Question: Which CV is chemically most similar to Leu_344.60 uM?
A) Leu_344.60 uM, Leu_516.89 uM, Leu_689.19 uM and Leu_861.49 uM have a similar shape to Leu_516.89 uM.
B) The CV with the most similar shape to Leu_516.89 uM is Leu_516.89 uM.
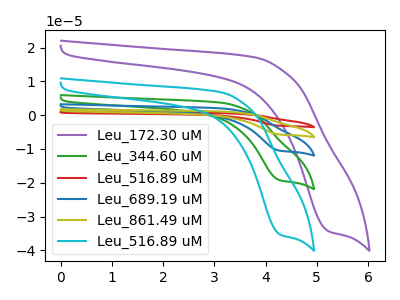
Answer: <think>The purple curve "Leu_172.30 uM" has a cathodic peak at: (5.25V, -34.35uA). The green curve "Leu_344.60 uM" has a cathodic peak at: (4.30V, -19.30uA). The red curve "Leu_516.89 uM" has a cathodic peak at: (4.30V, -77.25uA). The blue curve "Leu_689.19 uM" has a cathodic peak at: (4.30V, -38.60uA). The olive curve "Leu_861.49 uM" has a cathodic peak at: (4.30V, -57.90uA). The cyan curve "Leu_516.89 uM" has a cathodic peak at: (4.30V, -35.40uA).
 "Leu_172.30 uM" and "Leu_344.60 uM" have at least one peak that do not match. "Leu_172.30 uM" and "Leu_516.89 uM" have at least one peak that do not match. "Leu_172.30 uM" and "Leu_689.19 uM" have at least one peak that do not match. "Leu_172.30 uM" and "Leu_861.49 uM" have at least one peak that do not match. "Leu_172.30 uM" and "Leu_516.89 uM" have at least one peak that do not match. All the peaks in "Leu_344.60 uM" have a peak in "Leu_516.89 uM" at the same potential. Every peak in "Leu_344.60 uM" is lower than every peak in "Leu_516.89 uM". All the peaks in "Leu_344.60 uM" have a peak in "Leu_689.19 uM" at the same potential. Every peak in "Leu_344.60 uM" is lower than every peak in "Leu_689.19 uM". All the peaks in "Leu_344.60 uM" have a peak in "Leu_861.49 uM" at the same potential. Every peak in "Leu_344.60 uM" is lower than every peak in "Leu_861.49 uM". All the peaks in "Leu_344.60 uM" have a peak in "Leu_516.89 uM" at the same potential. Every peak in "Leu_344.60 uM" is lower than every peak in "Leu_516.89 uM". All the peaks in "Leu_516.89 uM" have a peak in "Leu_689.19 uM" at the same potential. Every peak in "Leu_516.89 uM" is higher than every peak in "Leu_689.19 uM". All the peaks in "Leu_516.89 uM" have a peak in "Leu_861.49 uM" at the same potential. Every peak in "Leu_516.89 uM" is higher than every peak in "Leu_861.49 uM". All the peaks in "Leu_516.89 uM" have a peak in "Leu_516.89 uM" at the same potential. Every peak in "Leu_516.89 uM" is higher than every peak in "Leu_516.89 uM". All the peaks in "Leu_689.19 uM" have a peak in "Leu_861.49 uM" at the same potential. Every peak in "Leu_689.19 uM" is lower than every peak in "Leu_861.49 uM". All the peaks in "Leu_689.19 uM" have a peak in "Leu_516.89 uM" at the same potential. Every peak in "Leu_689.19 uM" is higher than every peak in "Leu_516.89 uM". All the peaks in "Leu_861.49 uM" have a peak in "Leu_516.89 uM" at the same potential. Every peak in "Leu_861.49 uM" is higher than every peak in "Leu_516.89 uM".</think>
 <answer>A) "Leu_344.60 uM", "Leu_516.89 uM", "Leu_689.19 uM" and "Leu_861.49 uM" have a similar shape to "Leu_516.89 uM".</answer>
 <eval>A</eval>